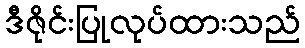
ဒီဇိုင်းပြုလုပ်ထားသည်